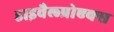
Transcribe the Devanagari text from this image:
डाइवैल्प्रोएक्स